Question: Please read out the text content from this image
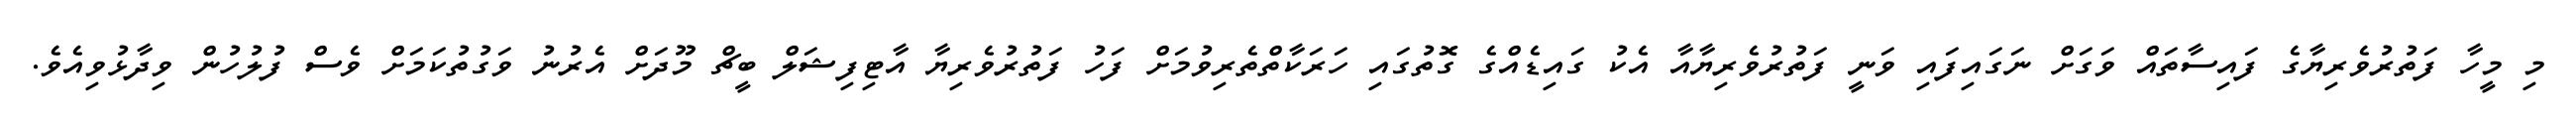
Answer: މި މީހާ ފަތުރުވެރިޔާގެ ފައިސާތައް ވަގަށް ނަގައިފައި ވަނީ ފަތުރުވެރިޔާއާ އެކު ގައިޑެއްގެ ގޮތުގައި ހަރަކާތްތެރިވުމަށް ފަހު ފަތުރުވެރިޔާ އާޓިފިޝަލް ބީޗް މޫދަށް އެރުނު ވަގުތުކަމަށް ވެސް ފުލުހުން ވިދާޅުވިއެވެ.